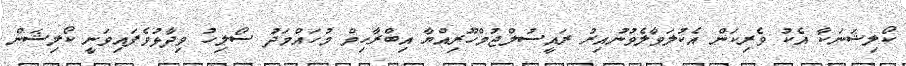
ކޯލިޝަނަކާ އެކު ވެރިކަން އެކުލަވާލެވުނުއިރު ރައީސުލްޖުމްހޫރިއްޔާ އިބްރާހިމް މުހައްމަދު ސޯލިހު ވިދާޅުވެފައިވަނީ ކޯލިޝަން